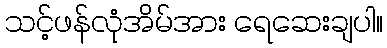
သင့်ဖန်လုံအိမ်အား ရေဆေးချပါ။